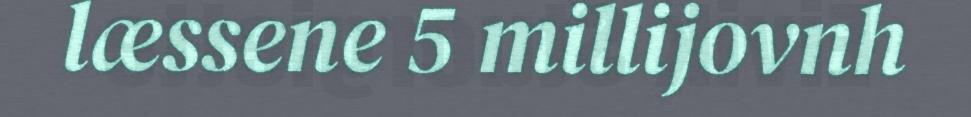
læssene 5 millijovnh